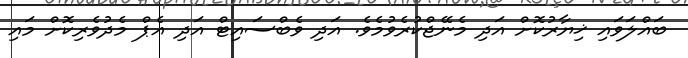
ބައްލަވައި ޚިޔާރުކޮށް އަދި މެނޭޖްކުރެވުމެވެ. އަދި ވެބްސައިޓް އަދި އެޕް މެދުވެރިކޮށް މައި